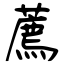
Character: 薦